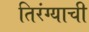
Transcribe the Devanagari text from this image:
तिरंग्याची